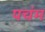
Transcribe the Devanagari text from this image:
पचंम